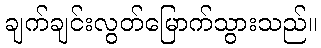
ချက်ချင်းလွတ်မြောက်သွားသည်။